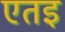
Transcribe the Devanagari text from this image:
एतइ